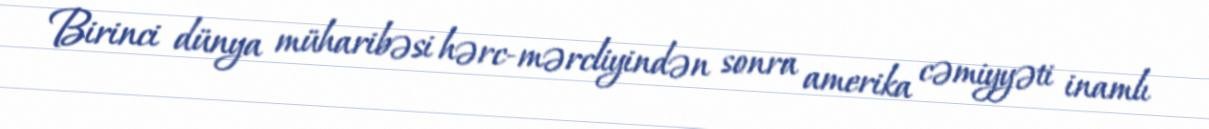
Birinci dünya müharibəsi hərc-mərcliyindən sonra amerika cəmiyyəti inamlı